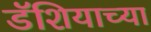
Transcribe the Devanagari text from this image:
डॅशियाच्या